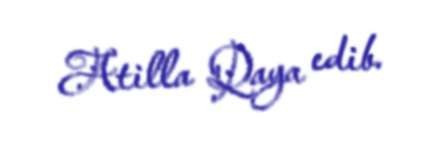
Atilla Qaya edib.